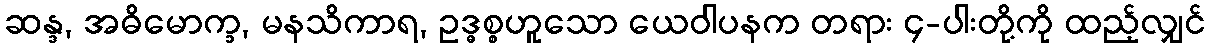
ဆန္ဒ, အဓိမောက္ခ, မနသိကာရ, ဥဒ္ဓစ္စဟူသော ယေဝါပနက တရား ၄-ပါးတို့ကို ထည့်လျှင်